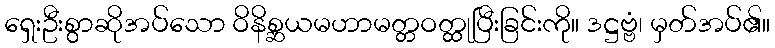
ရှေးဦးစွာဆိုအပ်သော ဝိနိစ္ဆယမဟာမတ္တဝတ္ထုပြီးခြင်းကို။ ဒဋ္ဌဗ္ဗံ၊ မှတ်အပ်၏။